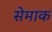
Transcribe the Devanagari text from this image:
सेमाक